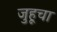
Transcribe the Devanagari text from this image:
जुहूचा